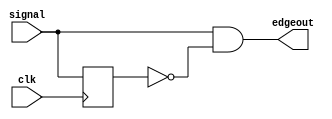
`timescale 1ns / 1ps

// Posedge detector to deal with 'several posedges in the always block' error

module PosedgeDetector(edgeout, clk, signal);

	input clk;
	input signal;
	
	output edgeout;
	
	wire signal;
	wire edgeout;
	reg signal_d;
 
	always @ (posedge clk) begin
		signal_d <= signal;
	end
	
	assign edgeout = signal & (~signal_d);

endmodule